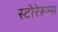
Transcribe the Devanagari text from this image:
स्टोरेरूम्स